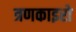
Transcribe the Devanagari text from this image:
त्रणकाइरो